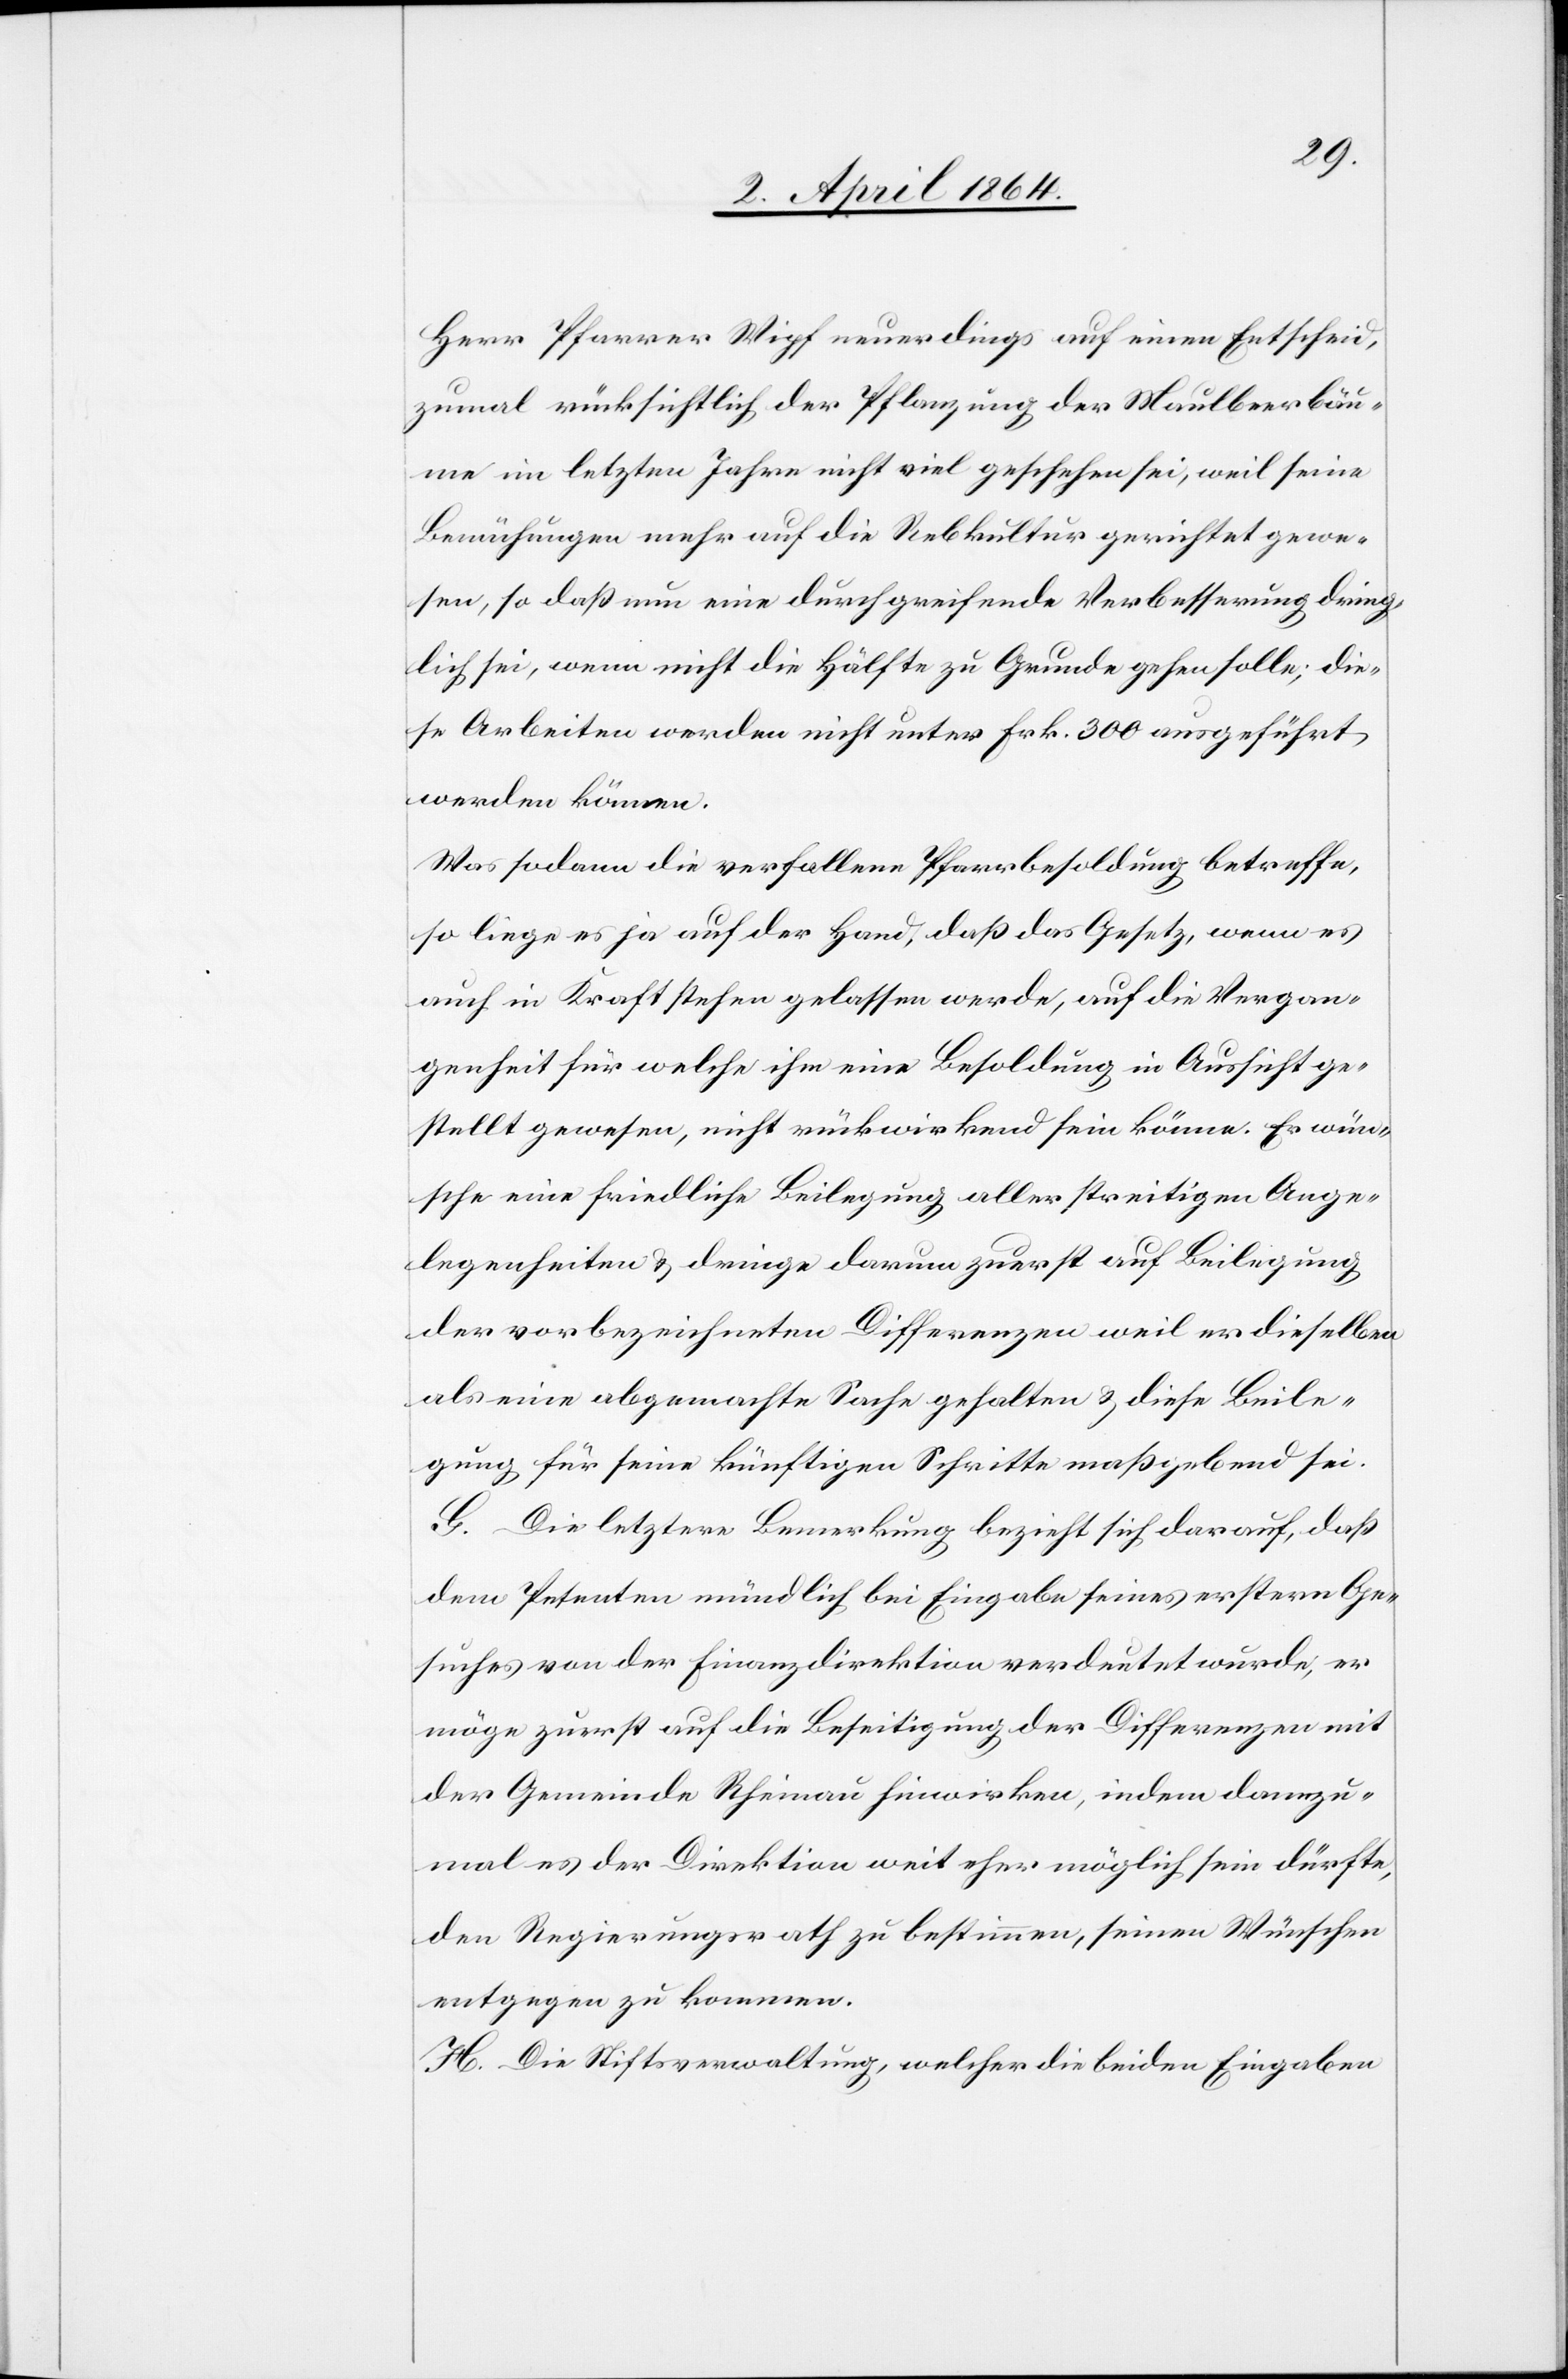
Herr Pfarrer Wipf neuerdings auf einen Entscheid,
zumal rücksichtlich der Pflanzung der Maulbeerbäu¬
me im letzten Jahre nicht viel geschehen sei, weil seine
Bemühungen mehr auf die Rebkultur gerichtet gewe¬
sen, so daß nun eine durchgreifende Verbesserung dring¬
lich sei, wenn nicht die Hälfte zu Grunde gehen solle; die¬
se Arbeiten werden nicht unter Frk. 300 ausgeführt
werden können.
Was sodann die verfallene Pfarrbehausung betreffe,
so liege es ja auf der Hand, daß das Gesetz, wenn es
auch in Kraft stehen gelassen werde, auf die Vergan¬
genheit für welche ihm eine Besoldung in Aussicht ge¬
stellt gewesen, nicht rückwirkend sein könne. Er wün¬
sche eine friedliche Beilegung aller streitigen Ange¬
legenheiten u. dringe darum zuerst auf Beilegung
der vorbezeichneten Differenzen weil er dieselben
als eine abgemachte Sache gehalten u. diese Beile¬
gung für seine künftigen Schritte maßgebend sei.
G. Die letztere Bemerkung bezieht sich darauf, daß
dem Petenten mündlich bei Eingabe seines erstern Ge¬
suches von der Finanzdirektion verdeutet wurde, er
möge zuerst auf die Beseitigung der Differenzen mit
der Gemeinde Rheinau hinwirken, indem dannzu¬
mal es der Direktion weit eher möglich sein dürfte,
den Regierungsrath zu bestimmen, seinen Wünschen
entgegen zu kommen.
H. Die Stiftsverwaltung, welcher die beiden Eingaben